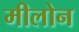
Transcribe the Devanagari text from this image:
मीलोन